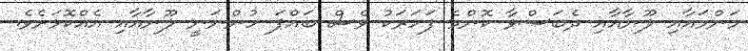
މަންމައާއި ލޫނާއާއި ދެބަސްވާ ކޮންމެ ފަހަރަކު ވެސް ބައްޕަ ހުންނަނީ ލޫނާއާއި އެއްކޮޅަށެވެ.